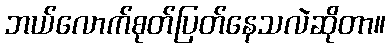
ဘယ်လောက်စုတ်ပြတ်နေသလဲဆိုတာ။